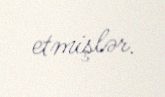
etmişlər.